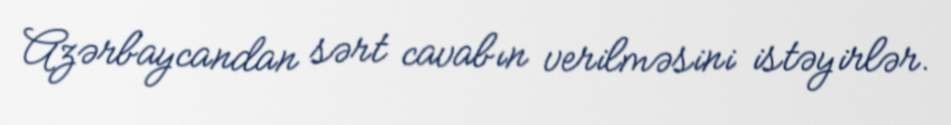
Azərbaycandan sərt cavabın verilməsini istəyirlər.